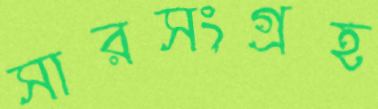
সারসংগ্রহ